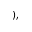
) ,